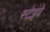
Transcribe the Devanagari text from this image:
स्टेइंवे